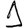
Digit: 1